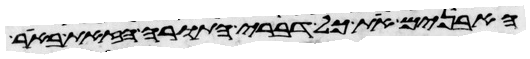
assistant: האבנים את כל דברי התורה הזאת באר